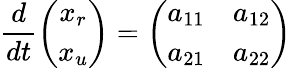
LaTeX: \frac{d}{dt}\left(\begin{array}{c}{x_{r}}\\ {x_{u}}\end{array}\right)=\left(\begin{array}{cc}{a_{11}}&{a_{12}}\\ {a_{21}}&{a_{22}}\end{array}\right)